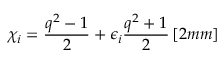
\chi _ { i } = \frac { q ^ { 2 } - 1 } { 2 } + \epsilon _ { i } \frac { q ^ { 2 } + 1 } { 2 } \, [ 2 m m ]